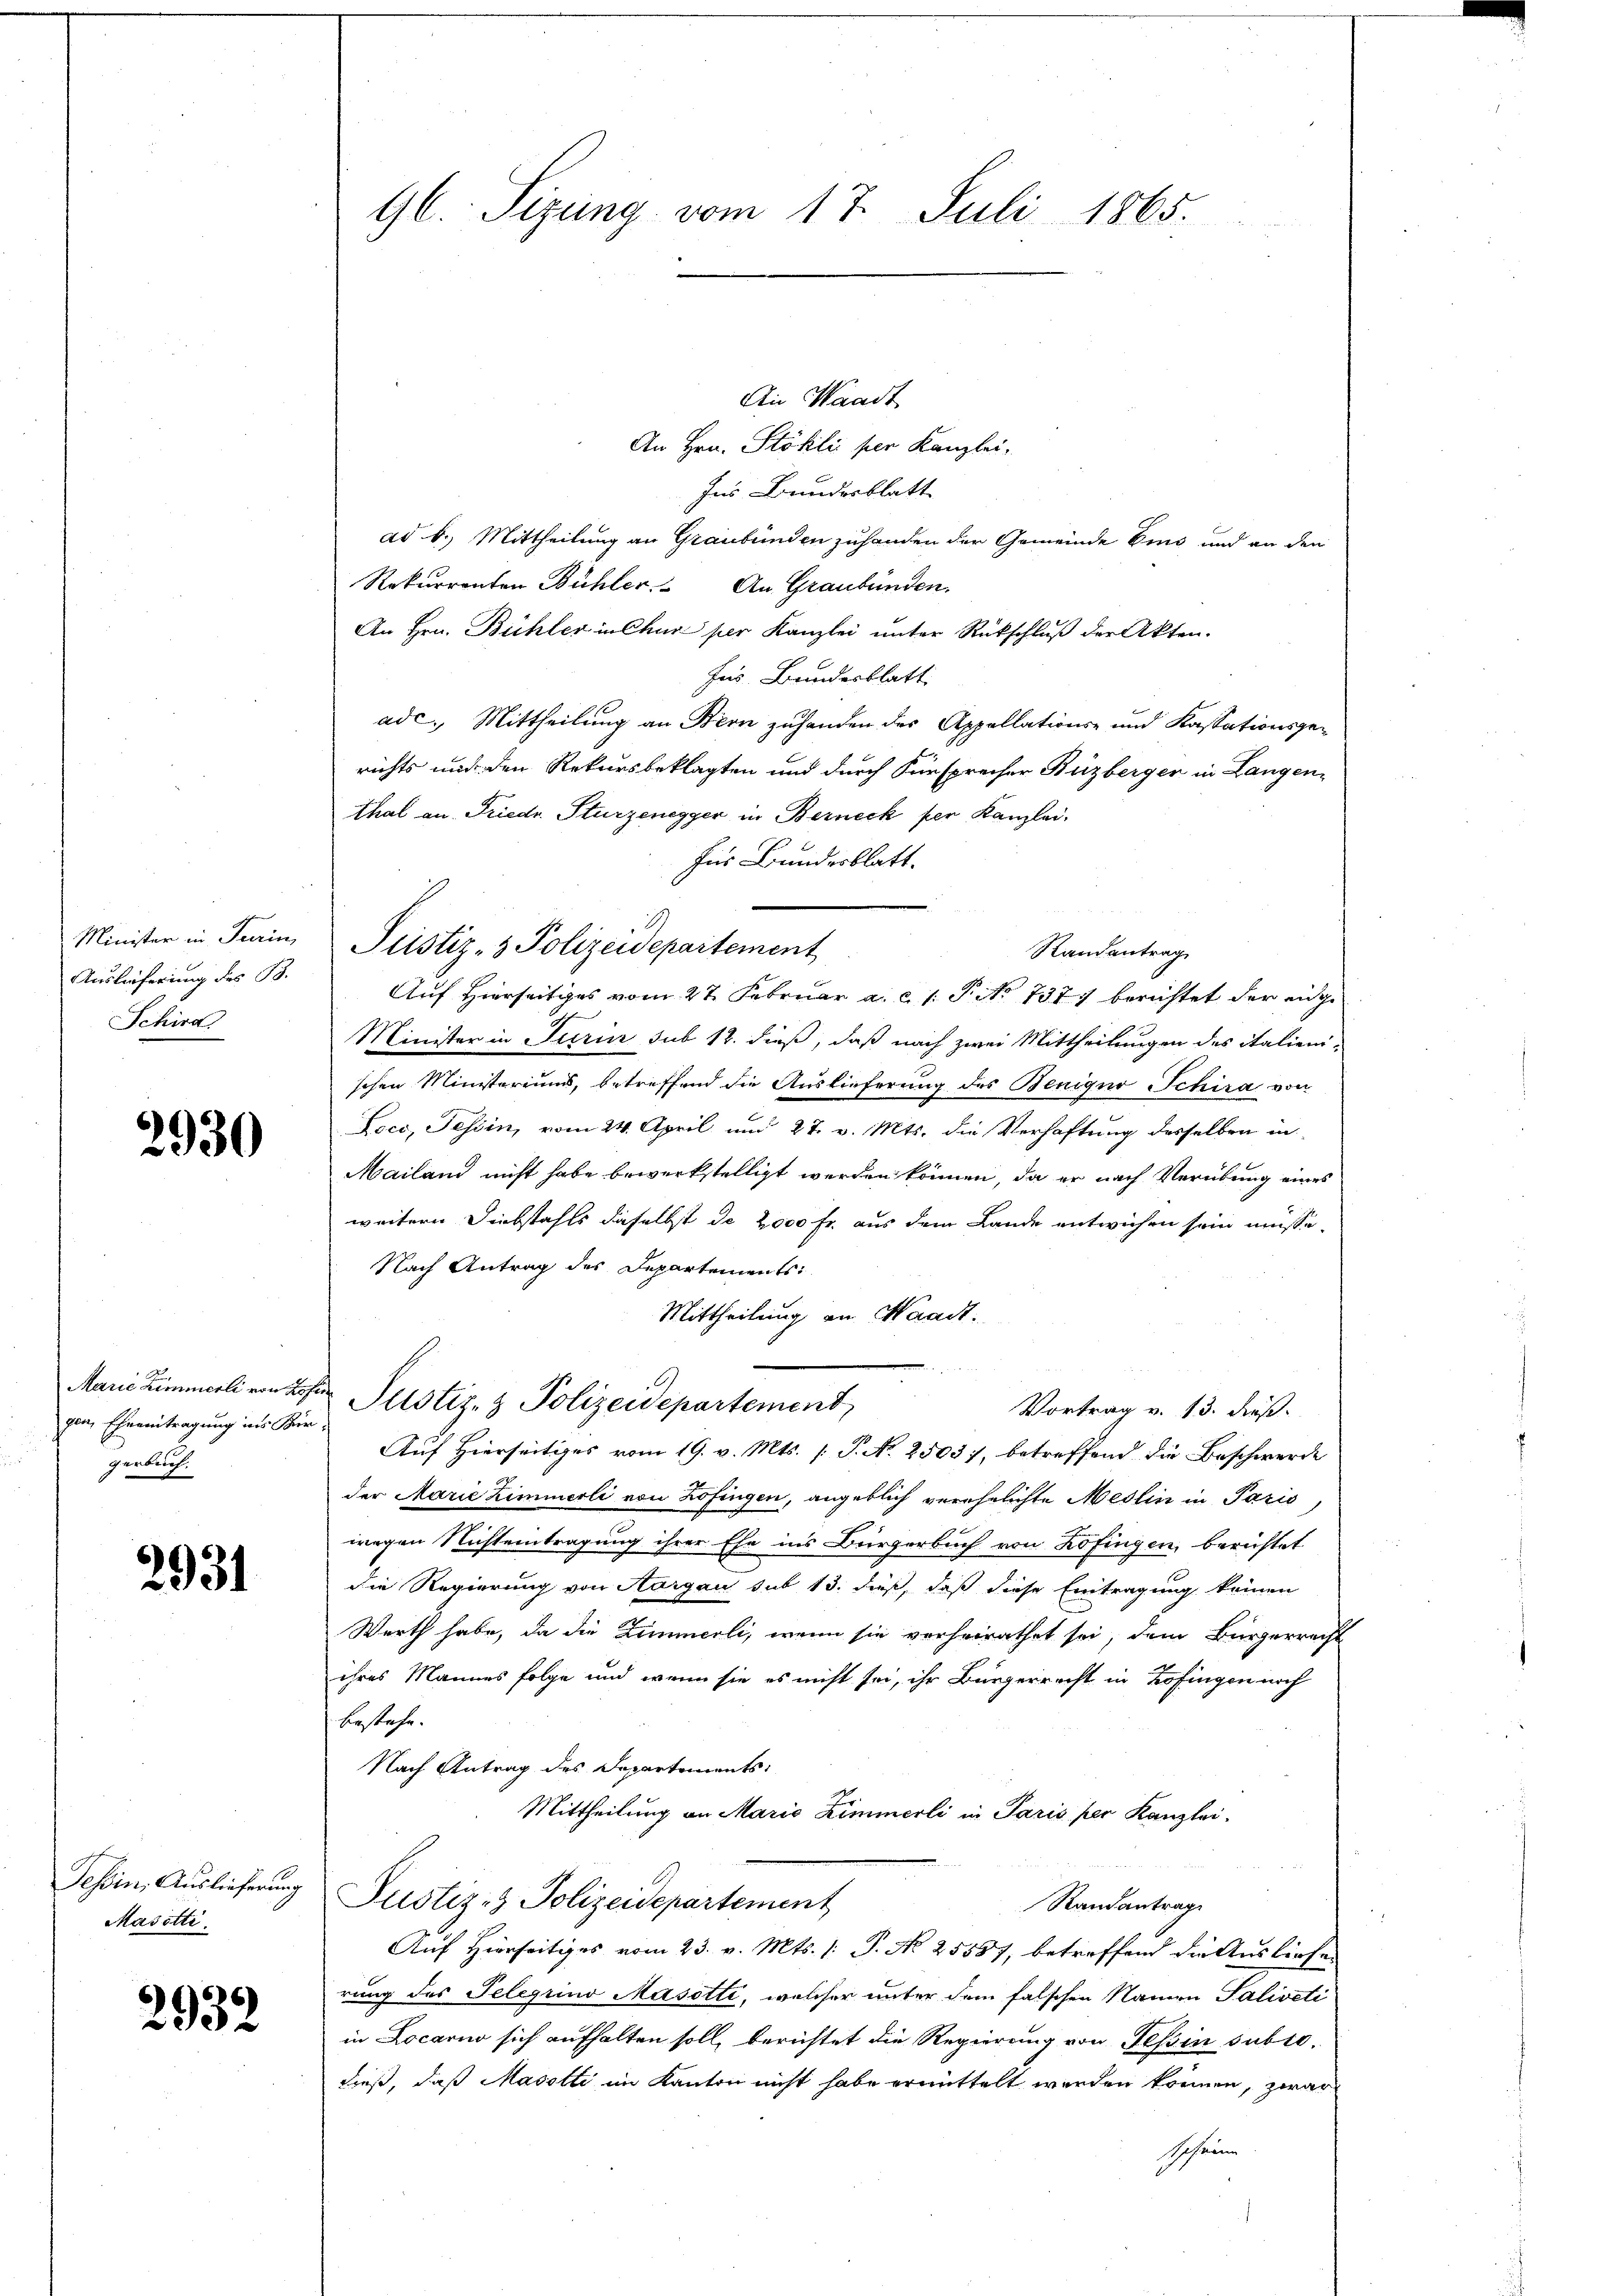
Auslieferung des B.
Schird

2930

gen, Eheeintragung ins Kirgerbuch.

2931

Tessin, Auslieferung
Masotti

2932

Ain Waadt
An Hrn. Stöhli per Kanzlei,
Ins Bundesblatt
ad b.) Mittheilung an Graubünden zuhanden der Gemeinde Eins und an den
Rekurrenten Bühler. An Graubünden.
An Hrn. Bühler in Chur per Kanzlei unter Rückschluß der Akten.
Jus Bandesblatt
ade. Mittheilung an Bern zuhanden des Appellations- und Kassationsgerichts und den Rekursbeklagten und durch Fürsprecher Buzberger in Langen-
thal an Friedr. Sturzenegger in Berneck per Kanzlei.
Für Bundesblatt.
Minister in Fein Pristiz- & Polizeidepartement
Randantrag
Auf Hierseitiges vom 27. Februar a. c. 1. P. No 7377 berichtet der eige
Minister in Juris sub 12. dieß, daß nach zwei Mittheilungen des italien-
schen Ministeriums, betreffend die Auslieferung des Beniquo Schira von
Loco, Tessin, vom 24. April und 27. v. Mts. die Verhaftung desselben in
Mailand nicht habe bewerkstelligt werden können, da er nach Verübung eines
weitern Diebstahls daselbst de 2000 Fr. aus dem Lande entwichen sein müsse.
Nach Antrag des Departements:
Mittheilung an Waadt.
Marie Zimmerli von des Justiz- & Polizeidepartement,
Vortrag v. 13. dieß.
Auf Hierseitiges vom 19. v. Mts. (T. No. 2503), betreffend die Beschwerde
der Marie Zimmerli von Zofingen, angeblich verehelichte Meslin in Paris
wegen Nichteintragung ihrer Ehe ins Bürgerbuch von Zofingen, berichtet
die Regierung von Aargau sub 13. dieß, daß diese Eintragung keinen
Werth habe, da die Zimmerli, wenn sie vorheirathet sei, dem Bürgerrecht
ihres Mannes folge und wenn sie es nicht sei, ihr Bürgerrecht in Zofingen noch
bestehe.
Nach Antrag des Departements:
Mittheilung an Marie Zimmerli in Paris per Kanzlei-
.
Justiz- & Polizeidepartement
Randantrag
Auf Hierseitiges vom 23. v. Mts. (: P. No 25557, betreffend die Ausliefen
rung des Telegiino Masotti, welcher unter dem falschen Namen Saliveti
in Locarno sich aufhalten soll, berichtet die Regierung von Tessin subro
dieß, daß Macotti im Kanton nicht habe ermittelt werden können, zwar
Schrann

Gl. Sizung vom 17. Juli 1865.